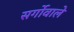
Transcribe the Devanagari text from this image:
सर्गोवाले